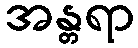
အန္တရာ